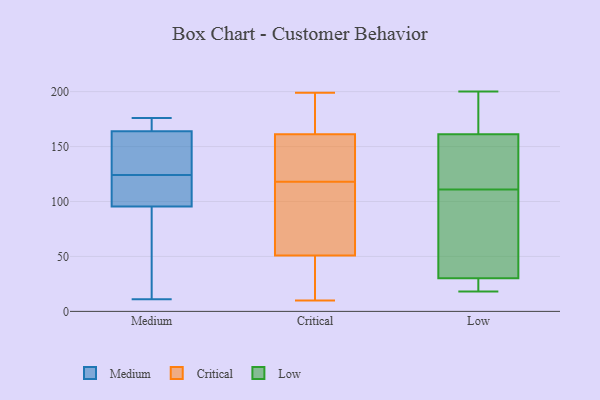
{"axis": {"x": "Demand Index", "y": "Value"}, "legend": ["Critical", "Low", "Medium"], "data": [{"x": "", "y": 176, "type": "Medium"}, {"x": "", "y": 155, "type": "Medium"}, {"x": "", "y": 124, "type": "Medium"}, {"x": "", "y": 120, "type": "Medium"}, {"x": "", "y": 60, "type": "Medium"}, {"x": "", "y": 119, "type": "Medium"}, {"x": "", "y": 11, "type": "Medium"}, {"x": "", "y": 40, "type": "Medium"}, {"x": "", "y": 100, "type": "Medium"}, {"x": "", "y": 171, "type": "Medium"}, {"x": "", "y": 125, "type": "Medium"}, {"x": "", "y": 94, "type": "Medium"}, {"x": "", "y": 167, "type": "Medium"}, {"x": "", "y": 173, "type": "Medium"}, {"x": "", "y": 131, "type": "Medium"}, {"x": "", "y": 172, "type": "Critical"}, {"x": "", "y": 114, "type": "Critical"}, {"x": "", "y": 199, "type": "Critical"}, {"x": "", "y": 184, "type": "Critical"}, {"x": "", "y": 118, "type": "Critical"}, {"x": "", "y": 59, "type": "Critical"}, {"x": "", "y": 116, "type": "Critical"}, {"x": "", "y": 122, "type": "Critical"}, {"x": "", "y": 157, "type": "Critical"}, {"x": "", "y": 13, "type": "Critical"}, {"x": "", "y": 48, "type": "Critical"}, {"x": "", "y": 178, "type": "Critical"}, {"x": "", "y": 15, "type": "Critical"}, {"x": "", "y": 159, "type": "Critical"}, {"x": "", "y": 10, "type": "Critical"}, {"x": "", "y": 145, "type": "Critical"}, {"x": "", "y": 162, "type": "Critical"}, {"x": "", "y": 32, "type": "Critical"}, {"x": "", "y": 74, "type": "Critical"}, {"x": "", "y": 32, "type": "Low"}, {"x": "", "y": 200, "type": "Low"}, {"x": "", "y": 120, "type": "Low"}, {"x": "", "y": 22, "type": "Low"}, {"x": "", "y": 69, "type": "Low"}, {"x": "", "y": 159, "type": "Low"}, {"x": "", "y": 115, "type": "Low"}, {"x": "", "y": 25, "type": "Low"}, {"x": "", "y": 111, "type": "Low"}, {"x": "", "y": 18, "type": "Low"}, {"x": "", "y": 190, "type": "Low"}, {"x": "", "y": 168, "type": "Low"}, {"x": "", "y": 61, "type": "Low"}]}